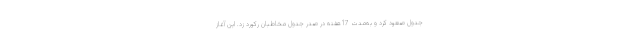
جدول صعود کرد و به‌مدت 17هفته در صدر جدول مخاطبان رکورد زد. این آغاز